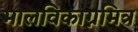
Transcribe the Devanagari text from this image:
मालविकाग्नमित्र